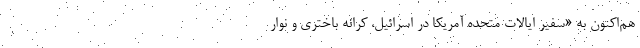
هم‌اکنون به «سفیر ایالات متحده آمریکا در اسرائیل، کرانه باختری و نوار